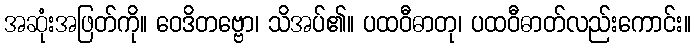
အဆုံးအဖြတ်ကို။ ဝေဒိတဗ္ဗော၊ သိအပ်၏။ ပထဝီဓာတု၊ ပထဝီဓာတ်လည်းကောင်း။